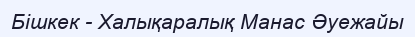
Бішкек - Халықаралық Манас Әуежайы